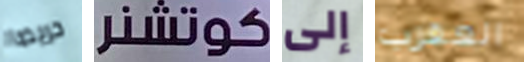
حريصا كوتشنر إلى العقرب